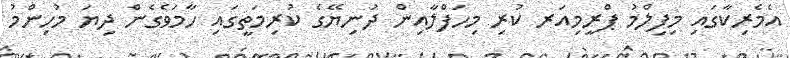
އެމެރިކާގައި މިފިލްމު ޕްރީމިއަރ ކުރި މިހަފްލާއިން ދުނިޔޭގެ ކުރިމަތީގައި ހާމަވެގެން ދިޔަ މުހިންމު